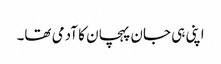
اپنی ہی جان پہچان کا آدمی تھا۔